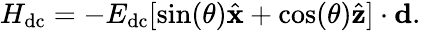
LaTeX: H_{\mathrm{dc}}=-E_{\mathrm{dc}}[\sin(\theta){\hat{\mathbf x}}+\cos(\theta){\hat{\mathbf z}}]\cdot\mathbf{d}.